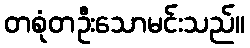
တစုံတဦးသောမင်းသည်။